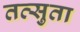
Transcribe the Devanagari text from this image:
तत्सुता